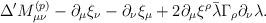
LaTeX: \begin{align*}\Delta' M_{\mu\nu}^{(p)} - \partial_\mu \xi_\nu - \partial_\nu \xi_\mu + 2\partial_\mu \xi^\rho \bar\lambda \Gamma_\rho \partial_\nu \lambda.\end{align*}